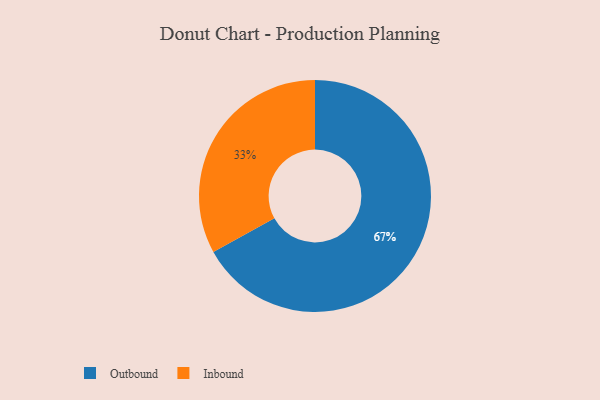
{"axis": {"x": "Category", "y": "Percentage"}, "legend": ["Inbound", "Outbound"], "data": [{"x": "Outbound", "y": 67, "type": "Outbound"}, {"x": "Inbound", "y": 33, "type": "Inbound"}]}